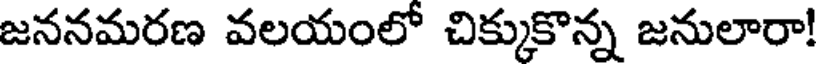
జననమరణ వలయంలో చిక్కుకొన్న జనులారా!